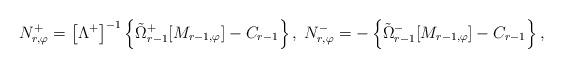
LaTeX: \begin{align*}N_{r,\varphi}^{+} = \left[\Lambda^{+}\right]^{-1} \left\{\tilde{\Omega}_{r - 1}^{+}[M_{r - 1,\varphi}] - C_{r - 1}\right\},\;N_{r,\varphi}^{-} = - \left\{\tilde{\Omega}_{r - 1}^{-}[M_{r - 1,\varphi}] - C_{r - 1}\right\},\end{align*}